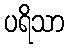
ပရိသာ